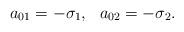
LaTeX: \begin{align*}a_{01}=-\sigma_1, \ \ a_{02}=-\sigma_2.\end{align*}